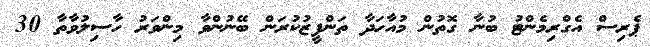
ޕެރިސް އެގްރިމެންޓު ބުނާ ގޮތުން މުއާހަދާ ތަންފީޒުކުރަން ބޭނުންވާ މިންވަރު ހާސިލުވާތާ 30